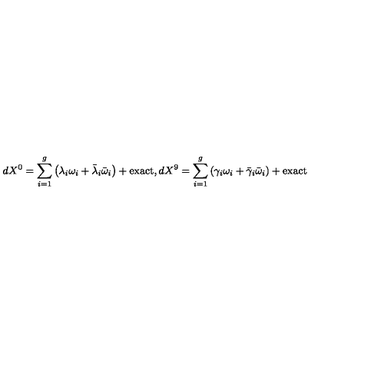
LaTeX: d X ^ { 0 } = \sum _ { i = 1 } ^ { g } \left( \lambda _ { i } \omega _ { i } + \bar { \lambda } _ { i } \bar { \omega } _ { i } \right) + \mathrm { e x a c t } , d X ^ { 9 } = \sum _ { i = 1 } ^ { g } \left( \gamma _ { i } \omega _ { i } + \bar { \gamma } _ { i } \bar { \omega } _ { i } \right) + \mathrm { e x a c t }